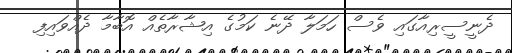
ދެނީސީރިއާގައި ވެސް ހަމަލާ ދޭނެ ކަމުގެ އިޝާރާތެއް އޮބާމާ ދެއްވައިފި